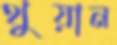
থুয়ান